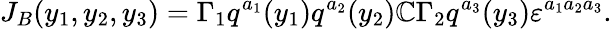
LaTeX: J_{B}(y_{1},y_{2},y_{3})=\Gamma_{1}q^{a_{1}}(y_{1})q^{a_{2}}(y_{2})\mathbb{C}\Gamma_{2}q^{a_{3}}(y_{3})\varepsilon^{a_{1}a_{2}a_{3}}.